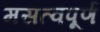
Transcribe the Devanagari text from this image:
मसत्वपूर्ण